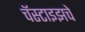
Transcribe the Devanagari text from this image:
चॅस्टाइझचे